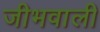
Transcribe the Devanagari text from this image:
जीभवाली